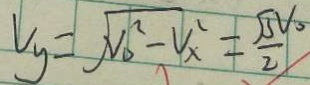
V y = \sqrt { V _ { 0 } ^ { 2 } - 4 x ^ { 2 } } = \frac { \sqrt { 3 } V _ { 0 } } { 2 }